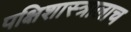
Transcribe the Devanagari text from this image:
पक्षिशास्त्रालाच